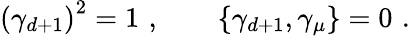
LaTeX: \left(\gamma_{d+1}\right)^{2}=1\, \, ,\qquad\left\{ \gamma_{d+1},\gamma_{\mu}\right\} =0\, \, .